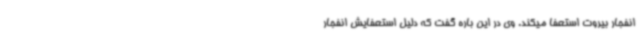
انفجار بیروت استعفا میکند. وی در این باره گفت که دلیل استعفایش انفجار